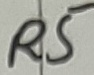
Text: R5